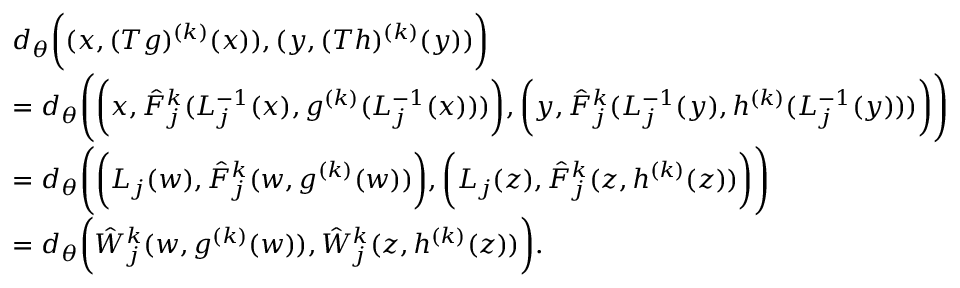
\begin{array} { r l } & { d _ { \theta } \bigg ( ( x , ( T g ) ^ { ( k ) } ( x ) ) , ( y , ( T h ) ^ { ( k ) } ( y ) ) \bigg ) } \\ & { = d _ { \theta } \Bigg ( \bigg ( x , \hat { F } _ { j } ^ { k } ( L _ { j } ^ { - 1 } ( x ) , g ^ { ( k ) } ( L _ { j } ^ { - 1 } ( x ) ) ) \bigg ) , \bigg ( y , \hat { F } _ { j } ^ { k } ( L _ { j } ^ { - 1 } ( y ) , h ^ { ( k ) } ( L _ { j } ^ { - 1 } ( y ) ) ) \bigg ) \Bigg ) } \\ & { = d _ { \theta } \Bigg ( \bigg ( L _ { j } ( w ) , \hat { F } _ { j } ^ { k } ( w , g ^ { ( k ) } ( w ) ) \bigg ) , \bigg ( L _ { j } ( z ) , \hat { F } _ { j } ^ { k } ( z , h ^ { ( k ) } ( z ) ) \bigg ) \Bigg ) } \\ & { = d _ { \theta } \bigg ( \hat { W } _ { j } ^ { k } ( w , g ^ { ( k ) } ( w ) ) , \hat { W } _ { j } ^ { k } ( z , h ^ { ( k ) } ( z ) ) \bigg ) . } \end{array}